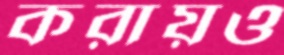
করায়ও